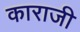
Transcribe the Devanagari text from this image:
काराजी